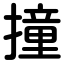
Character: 撞